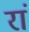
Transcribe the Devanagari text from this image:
रां